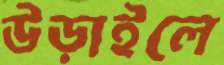
উড়াইলে